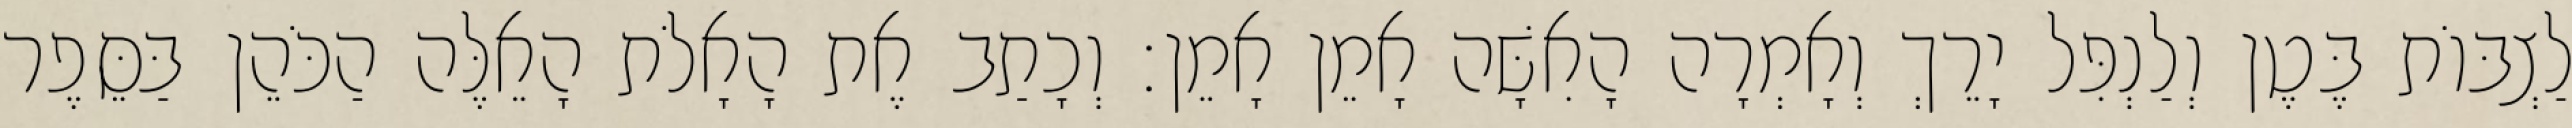
לַצְבּוֹת בֶּטֶן וְלַנְפִּל יָרֵךְ וְאָמְרָה הָאִשָּׁה אָמֵן אָמֵן׃ וְכָתַב אֶת הָאָלֹת הָאֵלֶּה הַכֹּהֵן בַּסֵּפֶר